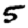
Digit: 5